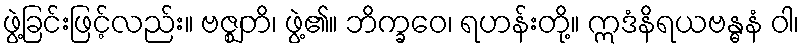
ဖွဲ့ခြင်းဖြင့်လည်း။ ဗဇ္ဈတိ၊ ဖွဲ့၏။ ဘိက္ခဝေ၊ ရဟန်းတို့။ ဣဒံနိရယဗန္ဓနံ ဝါ၊